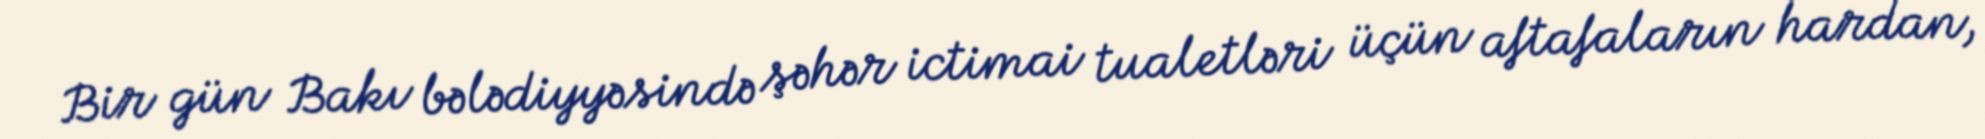
Bir gün Bakı bələdiyyəsində şəhər ictimai tualetləri üçün aftafaların hardan,